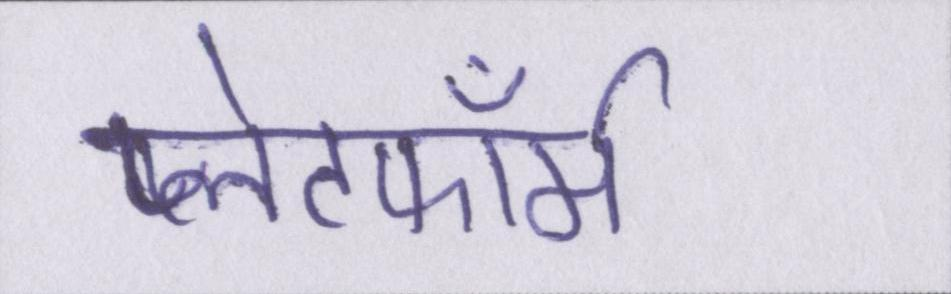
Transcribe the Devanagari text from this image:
प्लेटफॉर्म